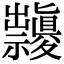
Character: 𥜱